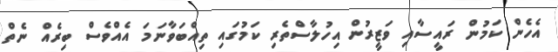
އެހެން ކަމުން ރައީސާއި ވަޒީރުން އިހުލާސްތެރި ކަމުގައި ތިއްބަވާނަމަ އެއްވެސް ބިރެއް ނެތް